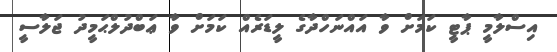
އިސްލާމީ ޕާޓީ ކަމަށް ވާ އައްނަހްދާގެ ލީޑަރެއް ކަމަށް ވާ ޢަބްދުލްޙަމީދު ޖަލާސީ